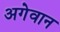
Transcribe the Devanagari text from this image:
अगेवान